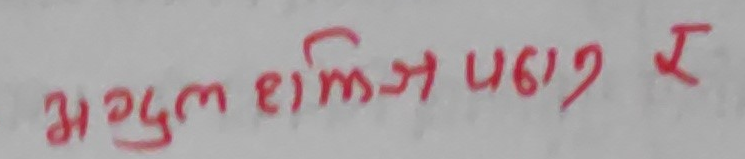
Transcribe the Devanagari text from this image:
मुल खलिज पढाई र